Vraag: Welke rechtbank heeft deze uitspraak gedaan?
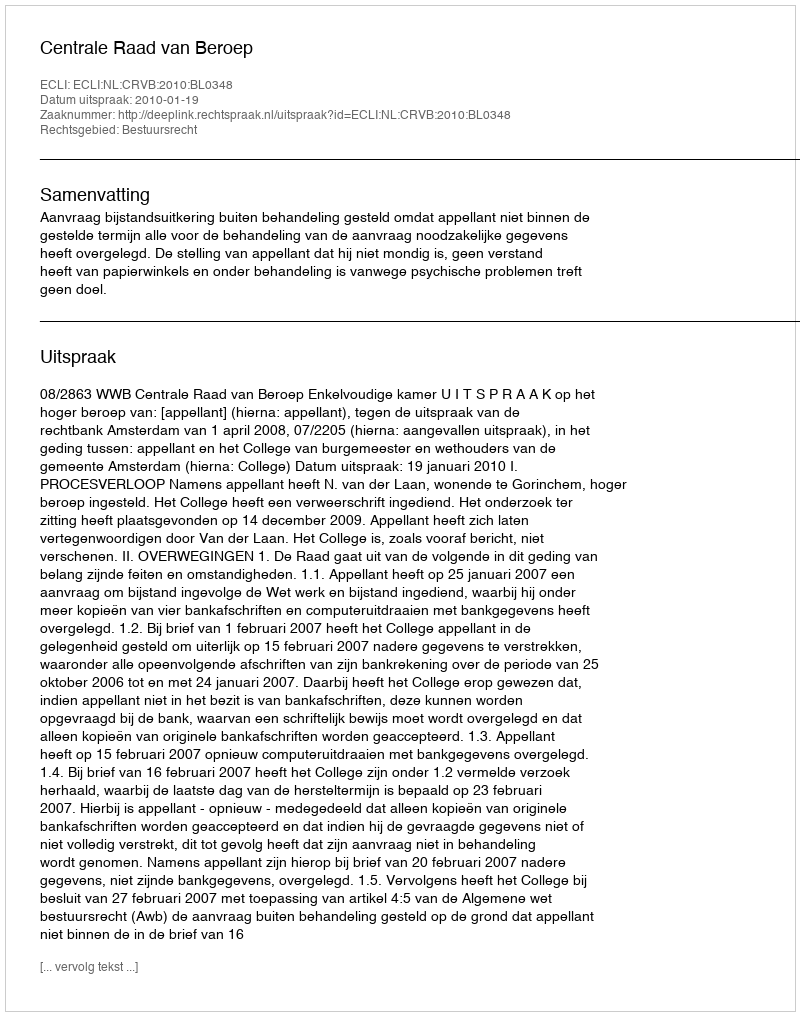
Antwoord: Centrale Raad van Beroep